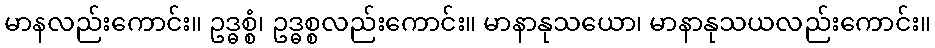
မာနလည်းကောင်း။ ဥဒ္ဓစ္စံ၊ ဥဒ္ဓစ္စလည်းကောင်း။ မာနာနုသယော၊ မာနာနုသယလည်းကောင်း။